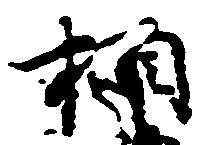
相